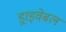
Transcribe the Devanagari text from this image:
ड्राइवेबल